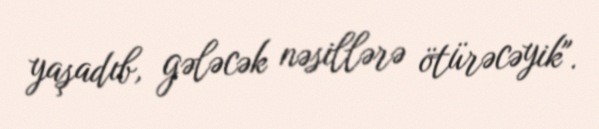
yaşadıb, gələcək nəsillərə ötürəcəyik".